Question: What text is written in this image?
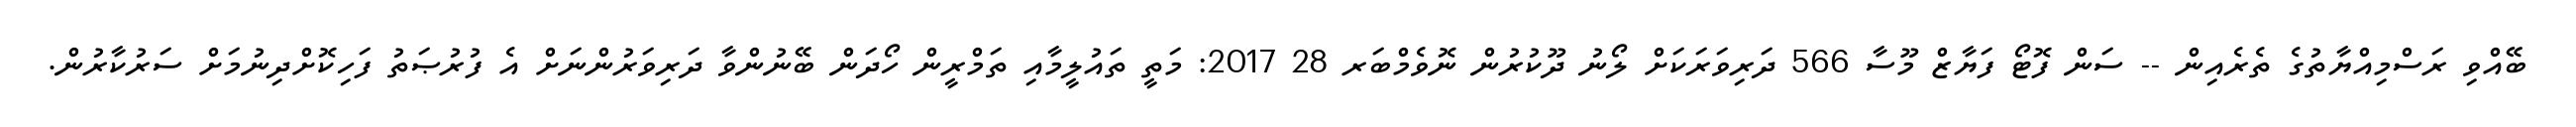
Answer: ބޭއްވި ރަސްމިއްޔާތުގެ ތެރެއިން -- ސަން ފޮޓޯ ފަޔާޒް މޫސާ 566 ދަރިވަރަކަށް ލޯނު ދޫކުރުން ނޮވެމްބަރ 28 2017: މަތީ ތައުލީމާއި ތަމްރީން ހޯދަން ބޭނުންވާ ދަރިވަރުންނަށް އެ ފުރުޞަތު ފަހިކޮށްދިނުމަށް ސަރުކާރުން.